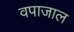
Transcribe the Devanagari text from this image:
वपाजाल